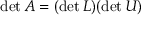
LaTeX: \operatorname* { d e t } A = ( \operatorname* { d e t } L ) ( \operatorname* { d e t } U )